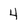
Character: 4